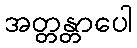
အတ္တန္တာပေါ